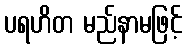
ပရဟိတ မည်နာမဖြင့်